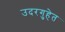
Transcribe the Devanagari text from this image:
उदरगुहेत